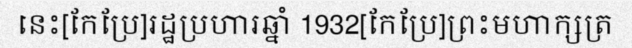
នេះ[កែប្រែ]រដ្ឋប្រហារឆ្នាំ 1932[កែប្រែ]ព្រះមហាក្សត្រ